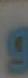
و